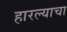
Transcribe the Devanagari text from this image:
हारल्याचा